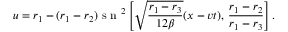
u = r _ { 1 } - ( r _ { 1 } - r _ { 2 } ) \mathrm { ~ s ~ n ~ } ^ { 2 } \left[ \sqrt { \frac { r _ { 1 } - r _ { 3 } } { 1 2 \beta } } ( x - v t ) , \, \frac { r _ { 1 } - r _ { 2 } } { r _ { 1 } - r _ { 3 } } \right] .